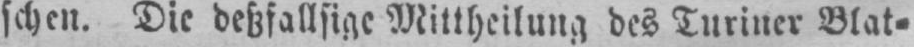
schen. Die deßfallsige Mittheilung des Turiner Blat⸗